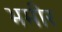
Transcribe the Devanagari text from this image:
भमीर